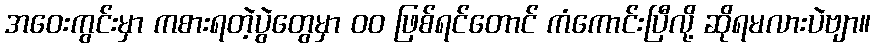
အဝေးကွင်းမှာ ကစားရတဲ့ပွဲတွေမှာ ၀၀ ဖြစ်ရင်တောင် ကံကောင်းပြီလို့ ဆိုရမလားပဲဗျာ။